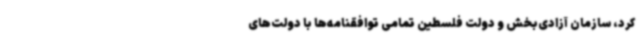
کرد، سازمان آزادی‌بخش و دولت فلسطین تمامی توافقنامه‌ها با دولت‌های